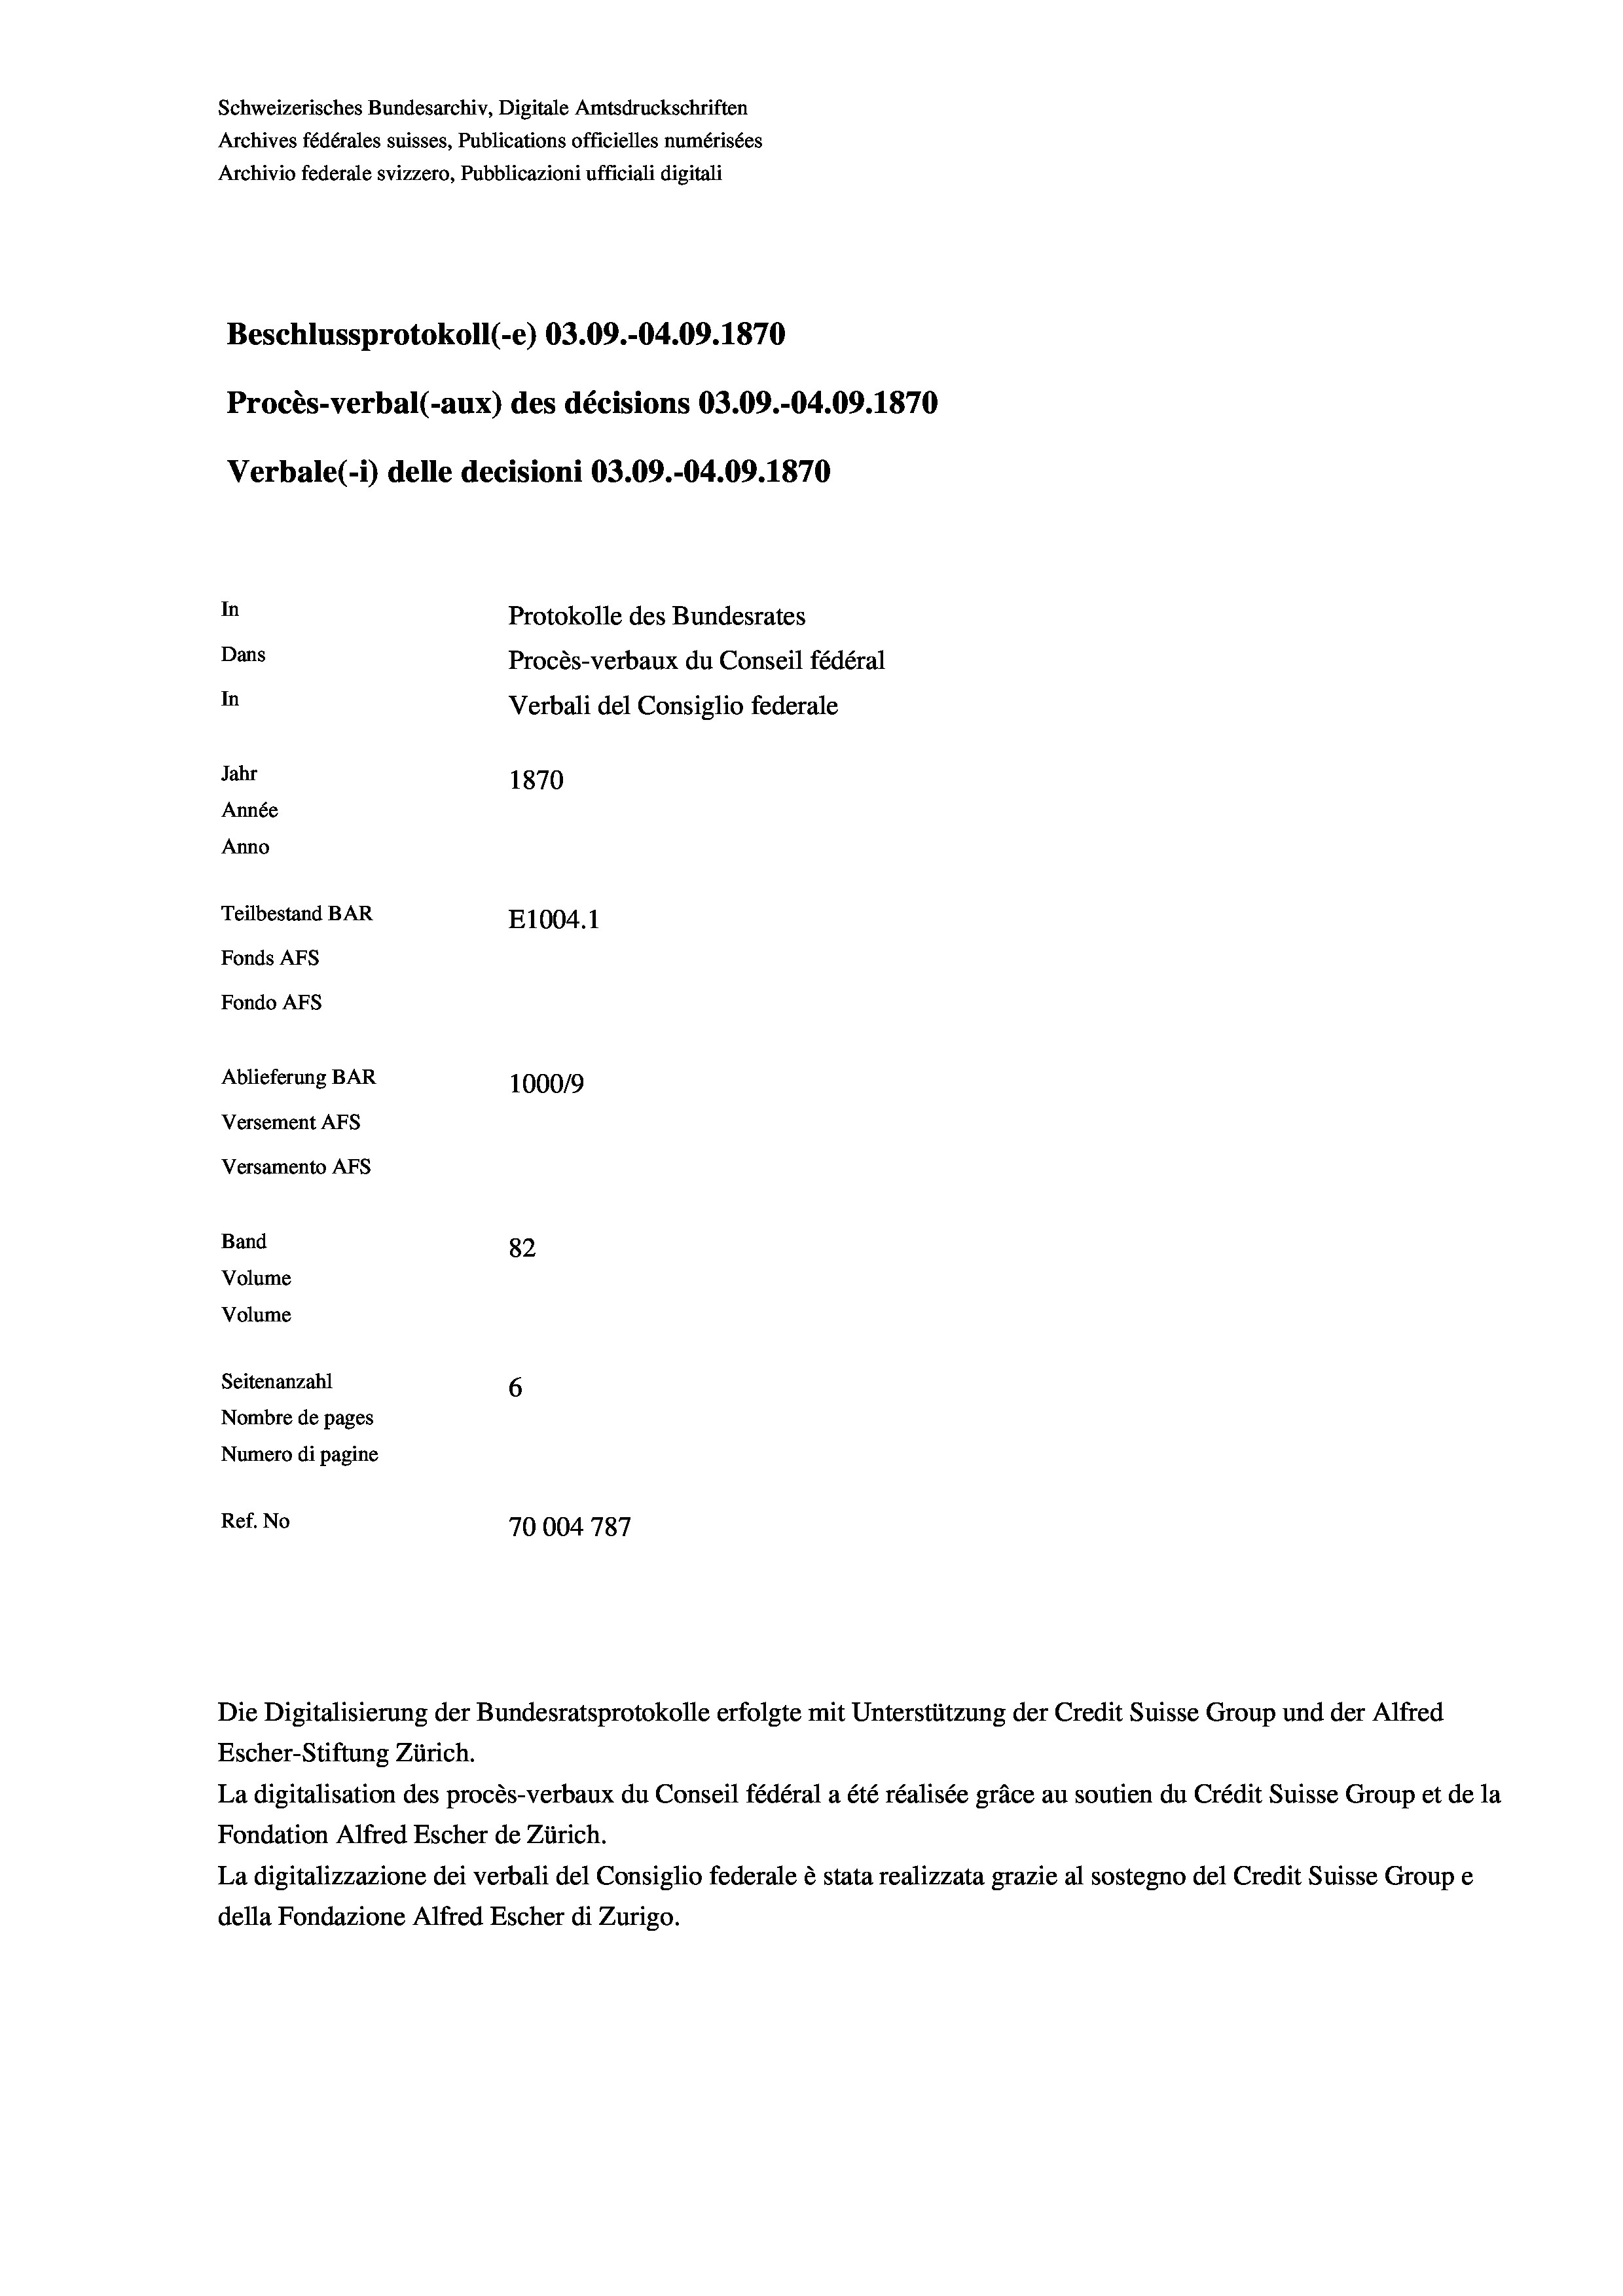
Schweizerisches Bundesarchiv, Digitale Amtsdruckschriften
Archives fédérales suisses, Publications officielles numérisées
Archivio federale svizzero, Pubblicazioni ufficiali digitali
Beschlussprotokoll (-e) 03.09.-04.09. 1870
Procès-verbal (-aux) des décisions 03.09.-04.09. 1870
Verbale(-*) delle decisioni 03.09.-04.09. 1870
In
Protokolle des Bundesrates
Dans
Procès-verbaux du Conseil fédéral
In
Verbali del Consiglio federale
Jahr
1870
Année
Anno
Teilbestand BAR
E1004. 1
Fonds AFs
Fondo AFs
Ablieferung BAR
100019
Versement As
Versamento AFs
Band
82
Volume
Volume
Seitenanzahl
6
Nombre de pages
Numero di pagine
Ref. No
70004787

Escher-Stiftung Zürich.
La digitalisation des procès-verbaux du Conseil fédéral a été réalisée gräce au soutien du Crédit Suisse Group et de la
Fondation Alfred Escher de Zürich.
La digitalizzazione dei verbali del Consiglio federale è stata realizzata grazie al sostegno del Credit Suisse Groupe
della Fondazione Alfred Escher di Zurigo.

Die Digitalisierung der Bundesratsprotokolle erfolgte mit Unterstützung der Credit Suisse Group und der Alfred